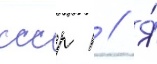
ссср п // Я́